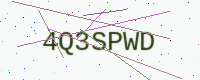
Text: 4Q3SPWD